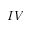
I V